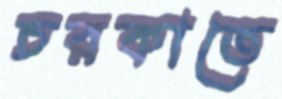
চরকাতে